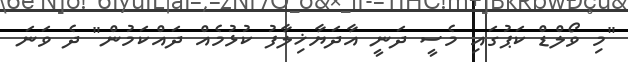
"މި ވޯލްޑް ކަޕުގައި މެސީ ދަނީ އާދަޔާޚިލާފު ކުޅުމެއް ދައްކަމުން" ދެ ވަނަ